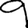
Digit: 9